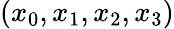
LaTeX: (x_{0},x_{1},x_{2},x_{3})